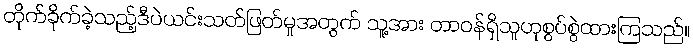
တိုက်ခိုက်ခဲ့သည့်ဒီပဲယင်းသတ်ဖြတ်မှုအတွက် သူ့အား တာဝန်ရှိသူဟုစွပ်စွဲထားကြသည်။